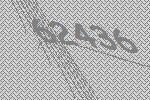
62436